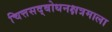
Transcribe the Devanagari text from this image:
चित्तसद्बोधनक्षत्रमाला